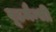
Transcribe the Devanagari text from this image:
वूडमैन्सी